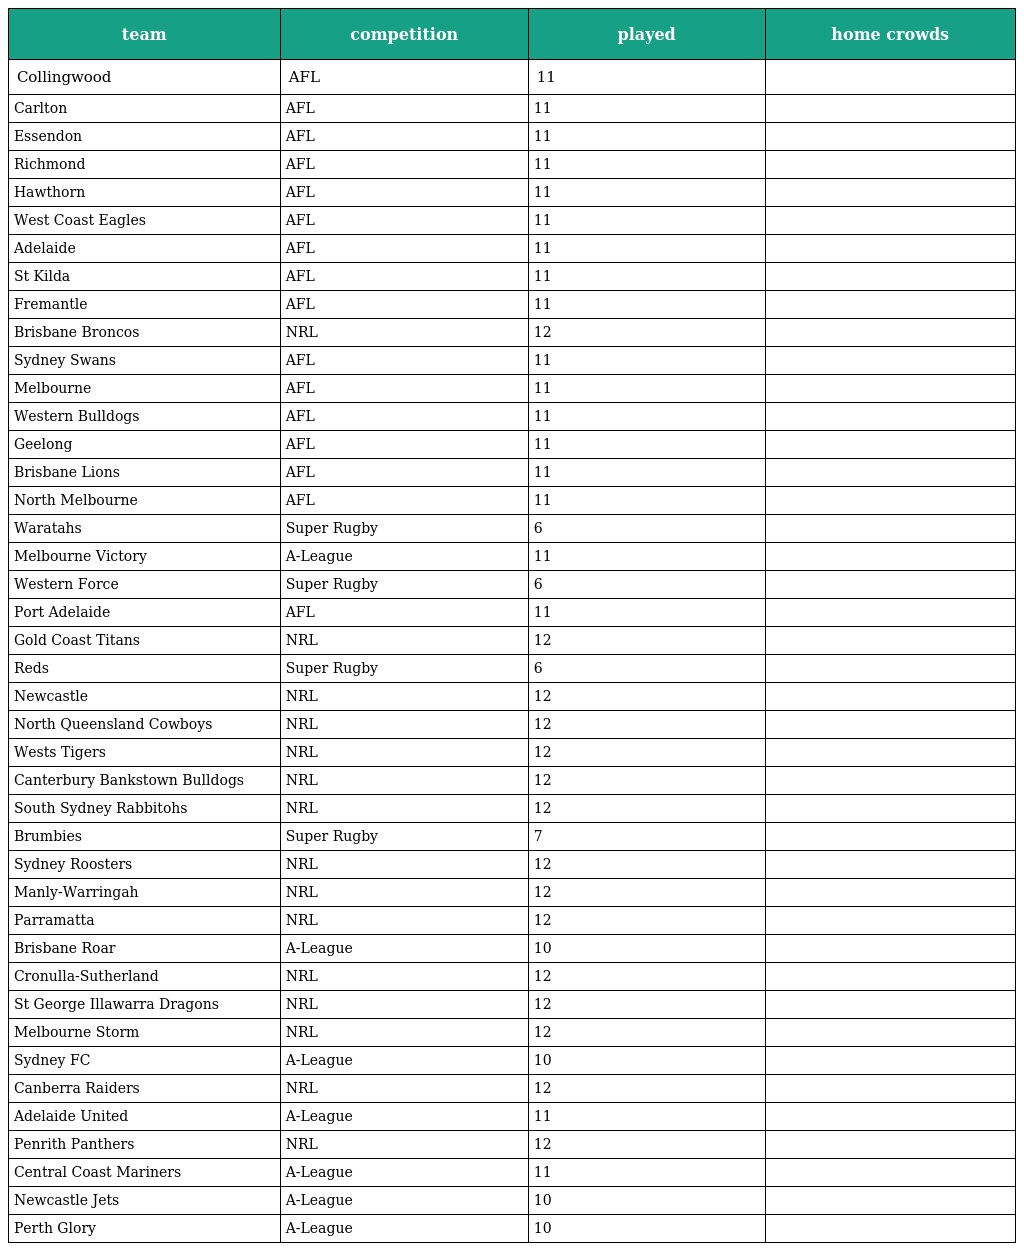
| team | competition | played | home crowds |
 | --- | --- | --- | --- |
 | Collingwood | AFL | 11 |  |
 | Carlton | AFL | 11 |  |
 | Essendon | AFL | 11 |  |
 | Richmond | AFL | 11 |  |
 | Hawthorn | AFL | 11 |  |
 | West Coast Eagles | AFL | 11 |  |
 | Adelaide | AFL | 11 |  |
 | St Kilda | AFL | 11 |  |
 | Fremantle | AFL | 11 |  |
 | Brisbane Broncos | NRL | 12 |  |
 | Sydney Swans | AFL | 11 |  |
 | Melbourne | AFL | 11 |  |
 | Western Bulldogs | AFL | 11 |  |
 | Geelong | AFL | 11 |  |
 | Brisbane Lions | AFL | 11 |  |
 | North Melbourne | AFL | 11 |  |
 | Waratahs | Super Rugby | 6 |  |
 | Melbourne Victory | A-League | 11 |  |
 | Western Force | Super Rugby | 6 |  |
 | Port Adelaide | AFL | 11 |  |
 | Gold Coast Titans | NRL | 12 |  |
 | Reds | Super Rugby | 6 |  |
 | Newcastle | NRL | 12 |  |
 | North Queensland Cowboys | NRL | 12 |  |
 | Wests Tigers | NRL | 12 |  |
 | Canterbury Bankstown Bulldogs | NRL | 12 |  |
 | South Sydney Rabbitohs | NRL | 12 |  |
 | Brumbies | Super Rugby | 7 |  |
 | Sydney Roosters | NRL | 12 |  |
 | Manly-Warringah | NRL | 12 |  |
 | Parramatta | NRL | 12 |  |
 | Brisbane Roar | A-League | 10 |  |
 | Cronulla-Sutherland | NRL | 12 |  |
 | St George Illawarra Dragons | NRL | 12 |  |
 | Melbourne Storm | NRL | 12 |  |
 | Sydney FC | A-League | 10 |  |
 | Canberra Raiders | NRL | 12 |  |
 | Adelaide United | A-League | 11 |  |
 | Penrith Panthers | NRL | 12 |  |
 | Central Coast Mariners | A-League | 11 |  |
 | Newcastle Jets | A-League | 10 |  |
 | Perth Glory | A-League | 10 |  |